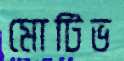
মোটিভ